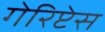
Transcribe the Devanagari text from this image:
गेरिप्टेस